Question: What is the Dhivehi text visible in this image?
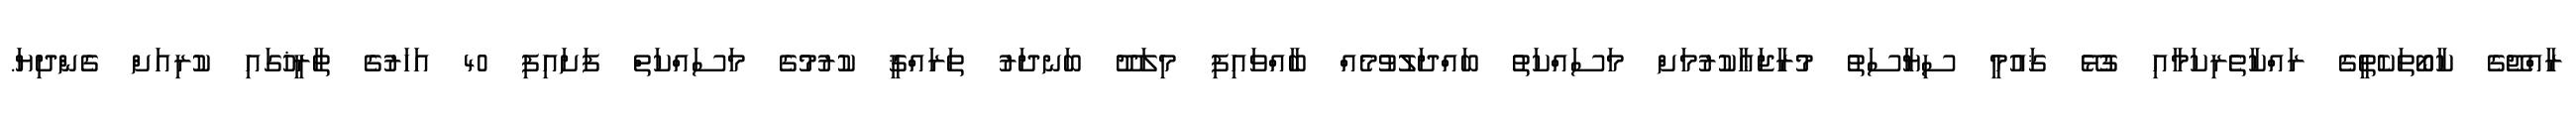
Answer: ރާއްޖޭގެ ކާބޯތަކެތީގެ ރައްކާތެރިކަމާއި ގުޅޭ ޤައުމީ ސިޔާސަތު މުރާޖަޢާކުރުމަށް މަސައްކަތު ބައްދަލުވުމެއް ބާއްވައިފި މިލަދޫ ބަނދަރު ތަރައްޤީ ކުރުމުގެ މަސައްކަތް ފަށައިފި 40 އަހަރުގެ ތާރީޚުގައި ކުރިއަށް ގެންދިޔަ.